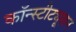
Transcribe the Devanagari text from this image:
कॉन्‍स्‍टीट्यूशन